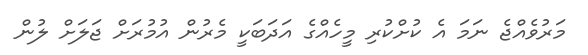
މަރުވެއްޖެ ނަމަ އެ ކުށްކުރި މީހެއްގެ އަދަބަކީ މެރުން އުމުރަށް ޖަލަށް ލުން